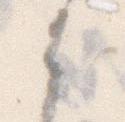
は